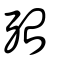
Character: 殆